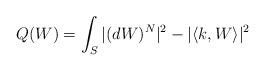
LaTeX: \begin{align*} Q(W) = \int_S |(d W)^N|^2 - |\langle k, W \rangle|^2 \end{align*}